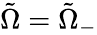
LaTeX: \tilde{\Omega}=\tilde{\Omega}_{-}